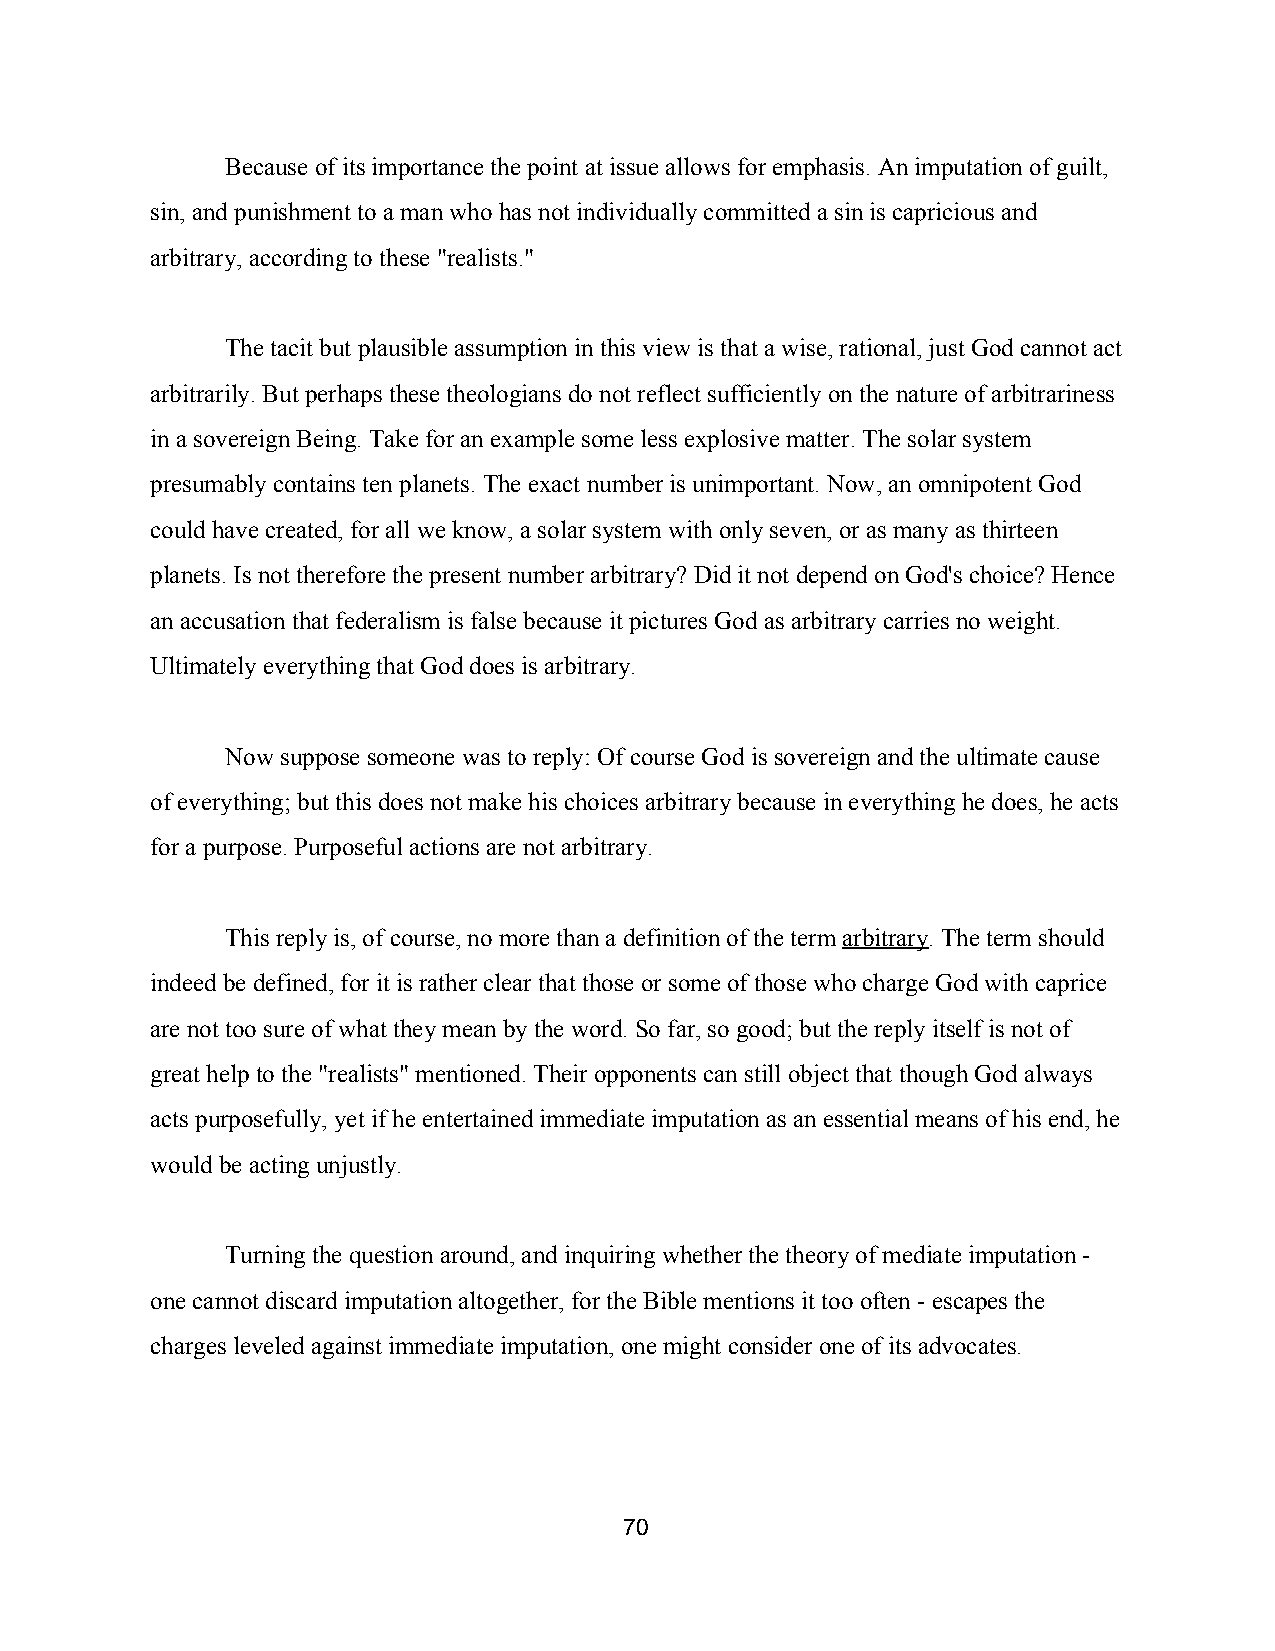
Because of its importance the point at issue allows for emphasis. An imputation of guilt,
 sin, and punishment to a man who has not individually committed a sin is capricious and
 arbitrary, according to these "realists."
 The tacit but plausible assumption in this view is that a wise, rational, just God cannot act
 arbitrarily. But perhaps these theologians do not reflect sufficiently on the nature of arbitrariness
 in a sovereign Being. Take for an example some less explosive matter. The solar system
 presumably contains ten planets. The exact number is unimportant. Now, an omnipotent God
 could have created, for all we know, a solar system with only seven, or as many as thirteen
 planets. Is not therefore the present number arbitrary? Did it not depend on God's choice? Hence
 an accusation that federalism is false because it pictures God as arbitrary carries no weight.
 Ultimately everything that God does is arbitrary.
 Now suppose someone was to reply: Of course God is sovereign and the ultimate cause
 of everything; but this does not make his choices arbitrary because in everything he does, he acts
 for a purpose. Purposeful actions are not arbitrary.
 This reply is, of course, no more than a definition of the term arbitrary. The term should
 ​    ​
 indeed be defined, for it is rather clear that those or some of those who charge God with caprice
 are not too sure of what they mean by the word. So far, so good; but the reply itself is not of
 great help to the "realists" mentioned. Their opponents can still object that though God always
 acts purposefully, yet if he entertained immediate imputation as an essential means of his end, he
 would be acting unjustly.
 Turning the question around, and inquiring whether the theory of mediate imputation ­
 one cannot discard imputation altogether, for the Bible mentions it too often ­ escapes the
 charges leveled against immediate imputation, one might consider one of its advocates.
 70